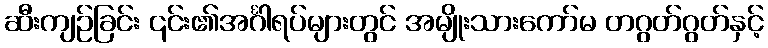
ဆီးကျဉ်ခြင်း ၎င်း၏အင်္ဂါရပ်များတွင် အမျိုးသားကော်မ တဂွတ်ဂွတ်နှင့်